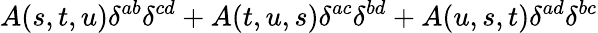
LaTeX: A(s,t,u)\delta^{ab}\delta^{cd}+A(t,u,s)\delta^{ac}\delta^{bd}+A(u,s,t)\delta^{ad}\delta^{bc}